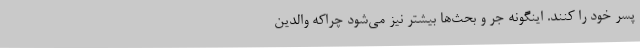
پسر خود را کنند. اینگونه جر و بحث‌ها بیشتر نیز می‌شود چراکه والدین